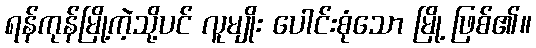
ရန်ကုန်မြို့ကဲ့သို့ပင် လူမျိုး ပေါင်းစုံသော မြို့ ဖြစ်၏။